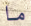
ما